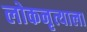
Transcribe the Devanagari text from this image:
लोकनृत्याला